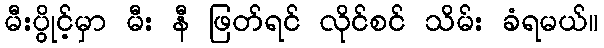
မီးပွိုင့်မှာ မီး နီ ဖြတ်ရင် လိုင်စင် သိမ်း ခံရမယ်။